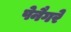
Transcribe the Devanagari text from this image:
पेनैगरे